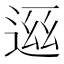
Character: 𬨧